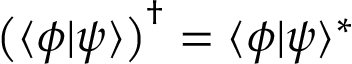
{ \bigl ( } \langle \phi | \psi \rangle { \bigr ) } ^ { \dagger } = \langle \phi | \psi \rangle ^ { * }